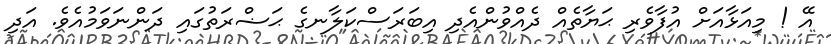
އޭ ! މިއަޅާއަށް އުފާވެރި ޙަޔާތެއް ދެއްވުންއެދި އިބަރަސްކަލާނގެ ޙަޟްރަތުގައި ދަންނަވަމުއެވެ. އަދި